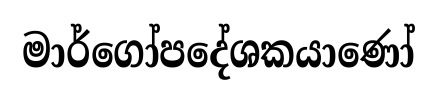
මාර්ගෝපදේශකයාණෝ